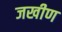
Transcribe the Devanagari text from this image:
जखीण